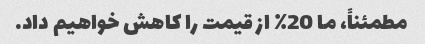
مطمئناً، ما 20٪ از قیمت را کاهش خواهیم داد.